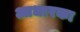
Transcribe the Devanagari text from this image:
आधारका